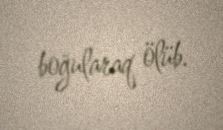
boğularaq ölüb.